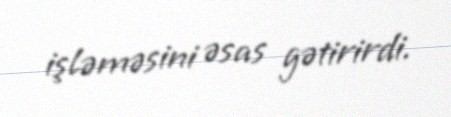
işləməsini əsas gətirirdi.